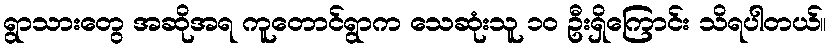
ရွာသားတွေ အဆိုအရ ကူတောင်ရွာက သေဆုံးသူ ၁၀ ဦးရှိကြောင်း သိရပါတယ်။